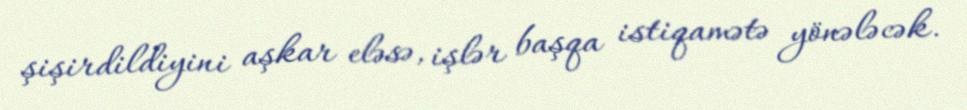
şişirdildiyini aşkar eləsə, işlər başqa istiqamətə yönələcək.